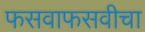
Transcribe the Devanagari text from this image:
फसवाफसवीचा